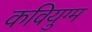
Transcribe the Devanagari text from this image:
कवियुग्म